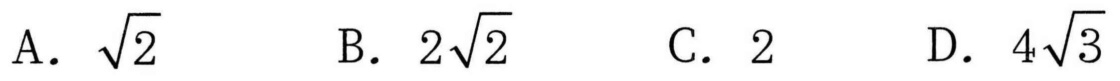
A. \(\sqrt{2}\)  B. \(2\sqrt{2}\)  C. \(2\)  D. \(4\sqrt{3}\)